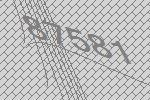
87581